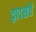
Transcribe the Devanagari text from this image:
द्वादसतैं